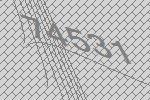
74531